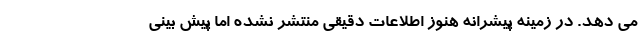
می دهد. در زمینه پیشرانه هنوز اطلاعات دقیقی منتشر نشده اما پیش بینی